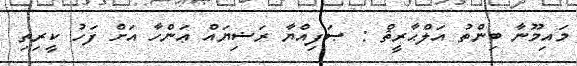
މައިމޫނާ ބިންތު އަލްޙާރީޘް : ޞަފިއްޔާ ރަޟިޔައް ޢަންހާ އަށް ފަހު ކީރިތި